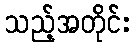
သည့်အတိုင်း